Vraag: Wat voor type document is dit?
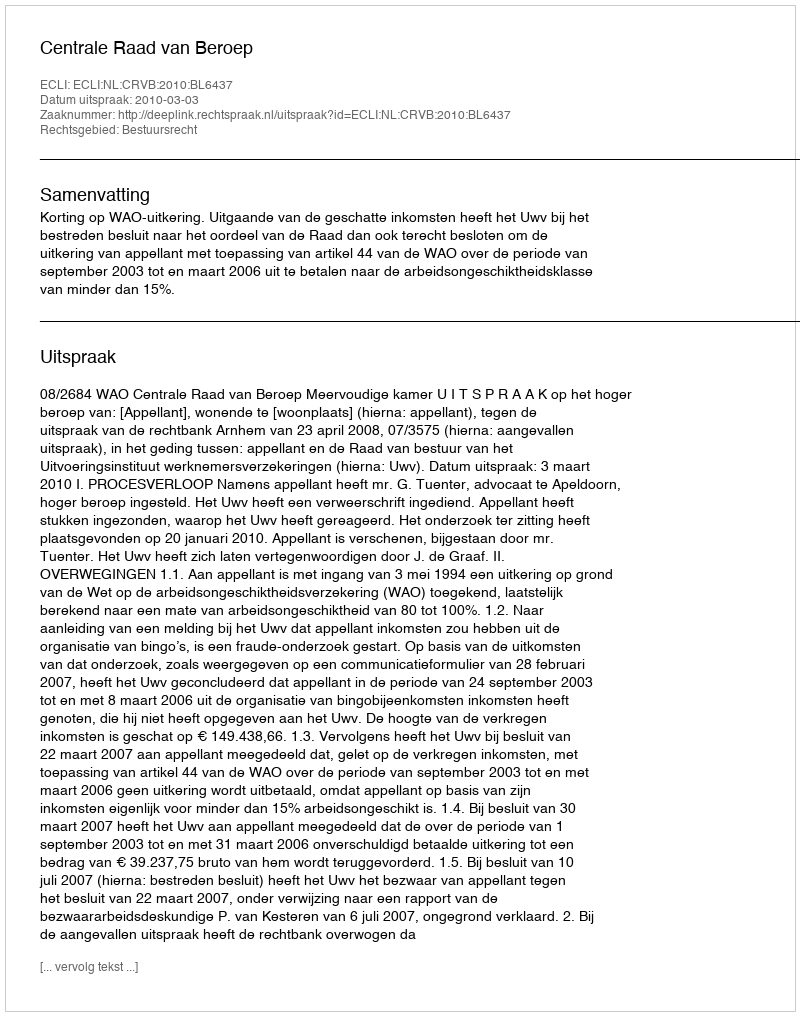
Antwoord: Uitspraak